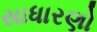
સાધારણો